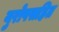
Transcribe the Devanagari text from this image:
युरोपसहित